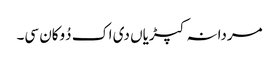
مردانہ کپڑیاں دی اک دُوکان سی۔